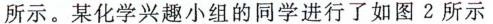
所示。某化学兴趣小组的同学进行了如图2所示